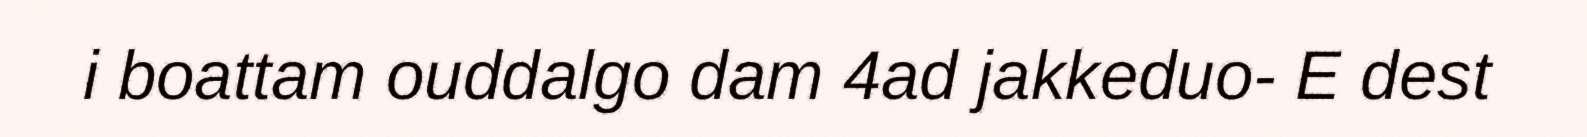
i boattam ouddalgo dam 4ad jakkeduo- E dest